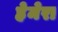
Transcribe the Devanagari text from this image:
हेमेरा